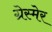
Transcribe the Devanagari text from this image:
ग्रेस्मेर